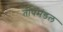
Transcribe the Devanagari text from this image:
तापमंडल